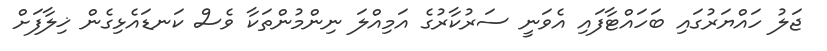
ޖަލު ހައްޔަރުގައި ބަހައްޓާފައި އެވަނީ ސަރުކާރުގެ އަމިއްލަ ނިންމުންތަކާ ވެސް ކަނޑައެޅިގެން ޚިލާފަށް